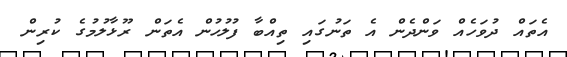
އެތައް ދުވަހެއް ވަންދެން އެ ތަނުގައި ތިއްބާ ފުލުހުން އެތަން ރޫޅާލުމުގެ ކުރިން